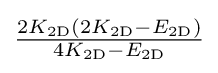
{\tfrac {2K_{\mathrm {2D} }(2K_{\mathrm {2D} }-E_{\mathrm {2D} })}{4K_{\mathrm {2D} }-E_{\mathrm {2D} }}}